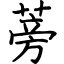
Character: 蒡